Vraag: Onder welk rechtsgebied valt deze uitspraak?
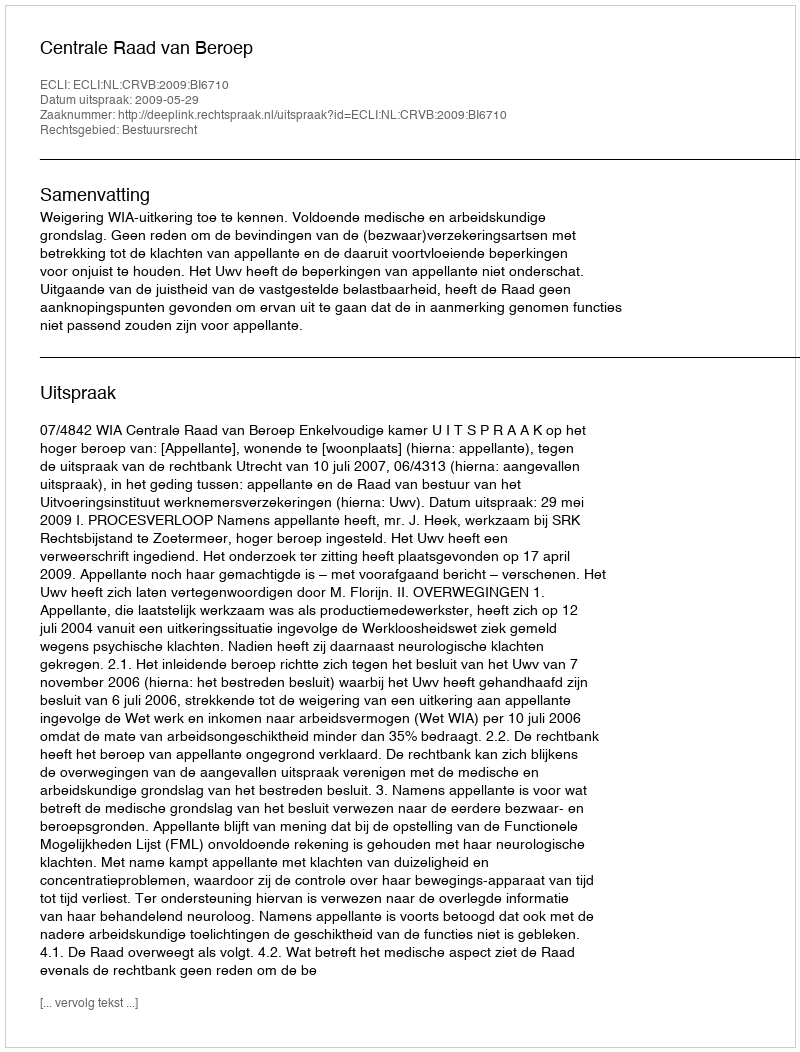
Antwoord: Bestuursrecht